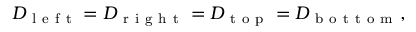
D _ { \mathrm { ~ l ~ e ~ f ~ t ~ } } = D _ { \mathrm { ~ r ~ i ~ g ~ h ~ t ~ } } = D _ { \mathrm { ~ t ~ o ~ p ~ } } = D _ { \mathrm { ~ b ~ o ~ t ~ t ~ o ~ m ~ } } ,